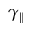
\gamma _ { \| }